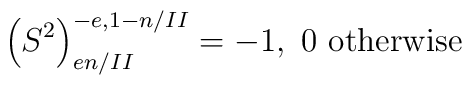
\left(S^{2}\right)_{en/II}^{-e,1-n/II}=-1,\ 0\mbox{ otherwise}